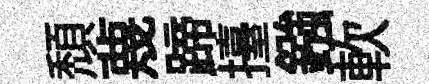
頹蔑蹄擡鏹軟